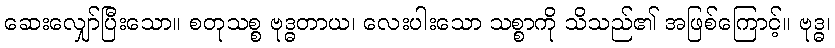
ဆေးလျှော်ပြီးသော။ စတုသစ္စ ဗုဒ္ဓတာယ၊ လေးပါးသော သစ္စာကို သိသည်၏ အဖြစ်ကြောင့်။ ဗုဒ္ဓ၊